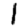
Digit: 1